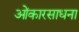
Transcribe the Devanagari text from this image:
ओंकारसाधना